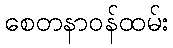
စေတနာဝန်ထမ်း